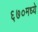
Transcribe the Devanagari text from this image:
६७०मध्ये